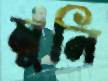
মুনি